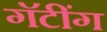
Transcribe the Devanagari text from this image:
गॅटींग